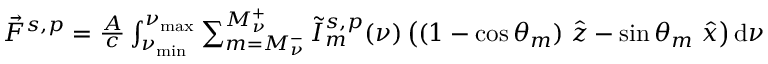
\begin{array} { r } { \Vec { F } ^ { s , p } = \frac { A } { c } \int _ { \nu _ { \mathrm { m i n } } } ^ { \nu _ { \mathrm { m a x } } } \sum _ { m = M _ { \nu } ^ { - } } ^ { M _ { \nu } ^ { + } } \tilde { I } _ { m } ^ { s , p } ( \nu ) \left( ( 1 - \cos \theta _ { m } ) \; \hat { z } - \sin \theta _ { m } \; \hat { x } \right) \mathrm { d } \nu } \end{array}